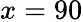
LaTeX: x=90